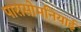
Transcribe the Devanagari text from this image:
पारासोमनियाई